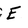
Character: e